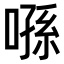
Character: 𠹀